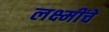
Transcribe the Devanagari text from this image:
लक्ष्मींचे